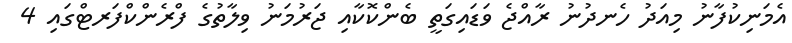
އެމަނިކުފާނު މިއަދު ހެނދުނު ރާއްޖެ ވަޑައިގަތީ ބެންކޮކާއި ޖަރުމަނު ވިލާތުގެ ފްރެންކްފަރޓްގައި 4